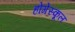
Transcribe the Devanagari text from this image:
होगेस्कूल